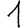
Digit: 1